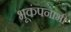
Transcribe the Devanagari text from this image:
भूकंपनाभी